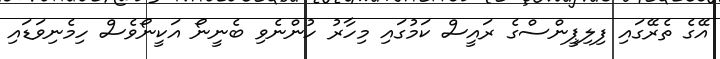
އޭގެ ތެރޭގައި ފިލިޕީންސްގެ ރައީސް ކަމުގައި މިހާރު ހުންނެވި ބެނީނޯ އަކީނޯވެސް ހިމެނިވަޑައި